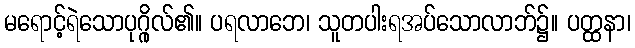
မရောင့်ရဲသောပုဂ္ဂိုလ်၏။ ပရလာဘေ၊ သူတပါးရအပ်သောလာဘ်၌။ ပတ္ထနာ၊